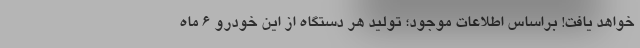
خواهد یافت! براساس اطلاعات موجود؛ تولید هر دستگاه از این خودرو 6 ماه